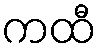
ကထီ